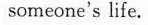
someone's life.